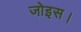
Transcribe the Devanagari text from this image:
जोइस।